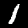
Digit: 1